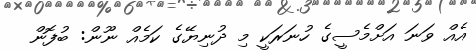
އެއް ވަނަ އަށްމެސީގެ ހުނަރަކީ މި ދުނިޔޭގެ ކަމެއް ނޫން: ބުފޮން